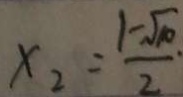
x _ { 2 } = \frac { 1 - \sqrt { 1 0 } } { 2 }